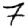
Digit: 7